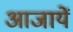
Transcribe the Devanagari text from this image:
आजायें